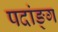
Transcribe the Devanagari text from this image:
पदांङ्ग